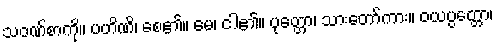
သဝဏ်စာကို။ ပဟိဏိ၊ စေ၏။ မေ၊ ငါ၏။ ပုတ္တော၊ သားတော်ကား။ ဝယပ္ပတ္တော၊